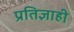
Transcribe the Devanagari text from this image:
प्रतिज्ञाही